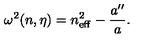
\omega ^ { 2 } ( n , \eta ) = n _ { \mathrm { e f f } } ^ { 2 } - \frac { a ^ { \prime \prime } } { a } .